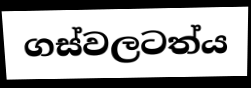
ගස්වලටත්ය